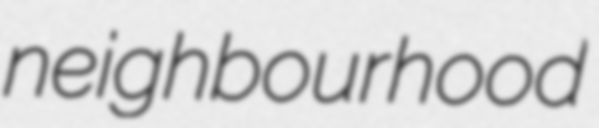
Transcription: neighbourhood